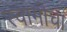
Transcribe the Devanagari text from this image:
स्वामीचा